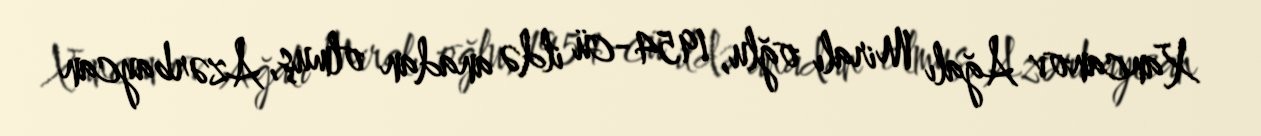
Xancanov Ağalı Miralı oğlu, 1954-cü ildə anadan olmuş, Azərbaycan